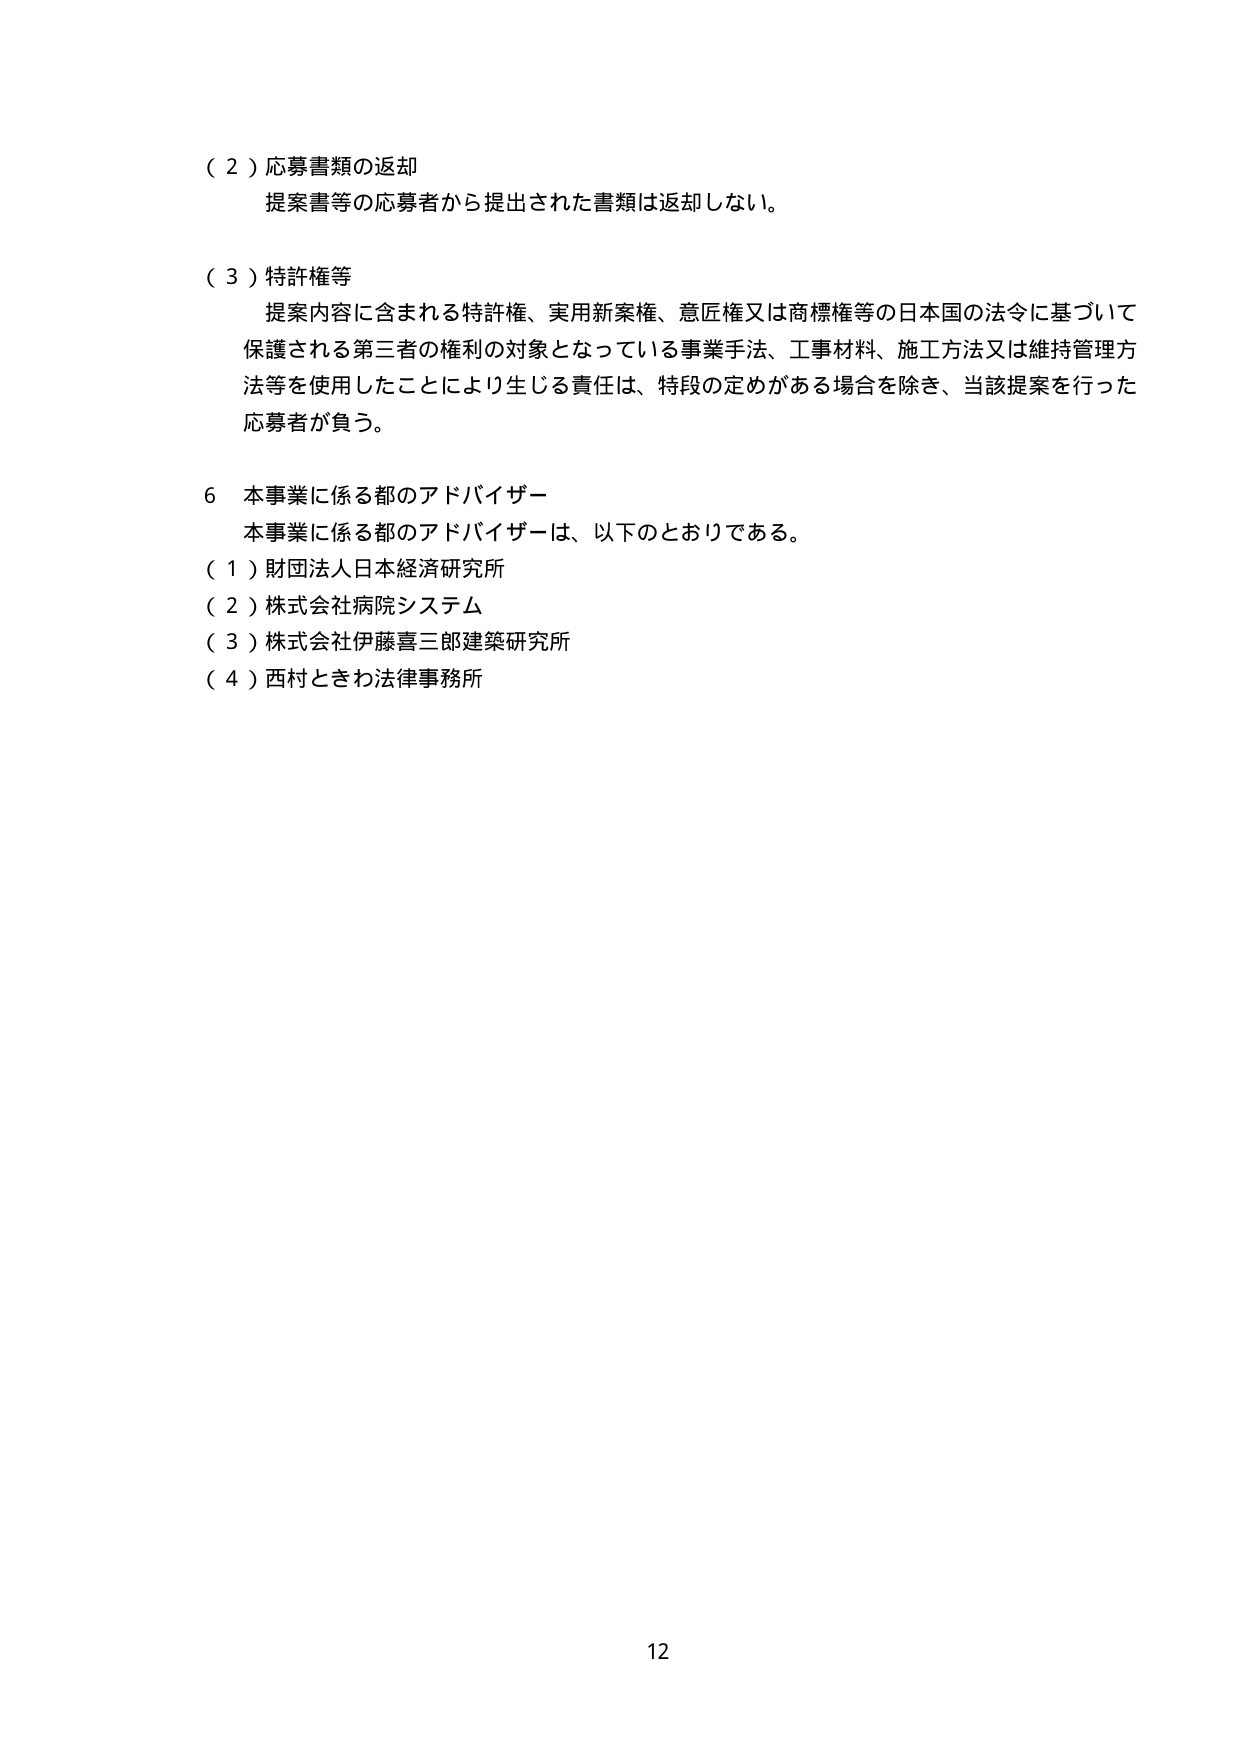
（２）応募書類の返却
　提案書等の応募者から提出された書類は返却しない。

（３）特許権等
　提案内容に含まれる特許権、実用新案権、意匠権又は商標権等の日本国の法令に基づいて保護される第三者の権利の対象となっている事業手法、工事材料、施工方法又は維持管理方法等を使用したことにより生じる責任は、特段の定めがある場合を除き、当該提案を行った応募者が負う。

６ 本事業に係る都のアドバイザー
　本事業に係る都のアドバイザーは、以下のとおりである。
（１）財団法人日本経済研究所
（２）株式会社病院システム
（３）株式会社伊藤喜三郎建築研究所
（４）西村ときわ法律事務所

12